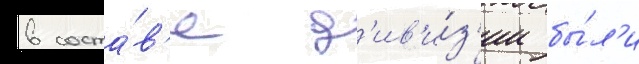
в соста́в'е д'ив'и́з'ии бы́л'и